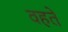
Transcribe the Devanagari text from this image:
वहते